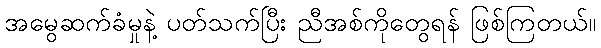
အမွေဆက်ခံမှုနဲ့ ပတ်သက်ပြီး ညီအစ်ကိုတွေရန် ဖြစ်ကြတယ်။